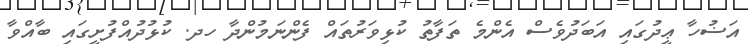
އަޟުހާ ޢީދުގައި އަބަދުވެސް އެންމެ ތަފާތު ކުޅިވަރުތައް ފެންނަމުންދާ ހދ. ކުޅުދުއްފުށީގައި ބާއްވާ